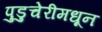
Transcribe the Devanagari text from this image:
पुडुचेरीमधून